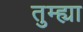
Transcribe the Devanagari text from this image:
तुम्ह्या